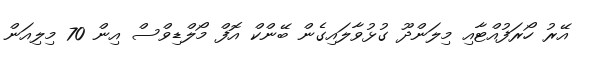
އޭރު ހޯރަފުއްޓާއި މިލަންދޫ ގުޅުވާލައިގެން ބޭންކް އޮފް މޯލްޑިވްސް އިން 70 މިލިއަން